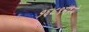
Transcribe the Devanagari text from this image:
१६८९मध्ये